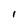
Character: 1